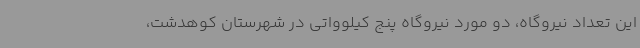
این تعداد نیروگاه، دو مورد نیروگاه پنج کیلوواتی در شهرستان کوهدشت،